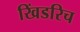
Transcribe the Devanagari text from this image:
खिंडरिच